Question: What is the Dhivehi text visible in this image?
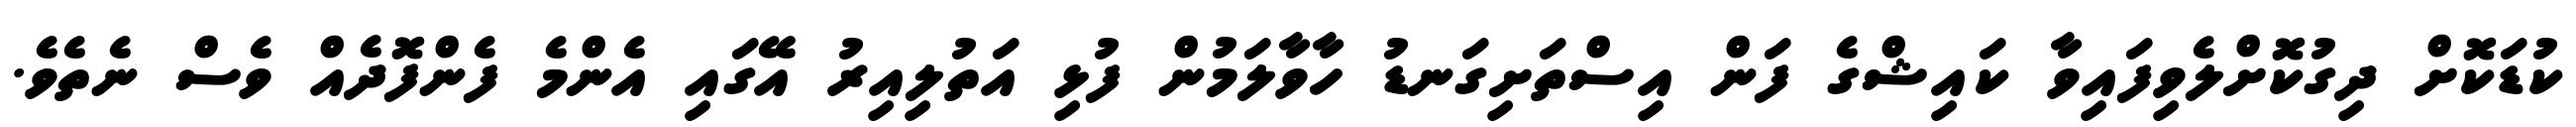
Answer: ކުޑަކޮށް ދިގުކޮށްލެވިފައިވާ ކައިޝްގެ ފަން އިސްތަށިގަނޑު ހާވާލަމުން ފުޅި އަތުލިއިރު އޭގައި އެންމެ ފެންފޮދެއް ވެސް ނެތެވެ.